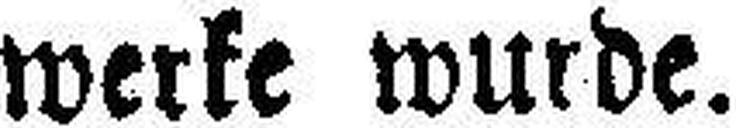
werke wurde.